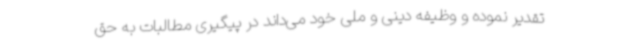
تقدیر نموده و وظیفه دینی و ملی خود می‌داند در پیگیری مطالبات به حق